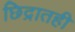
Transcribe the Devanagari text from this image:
छिद्रातही